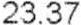
23.37